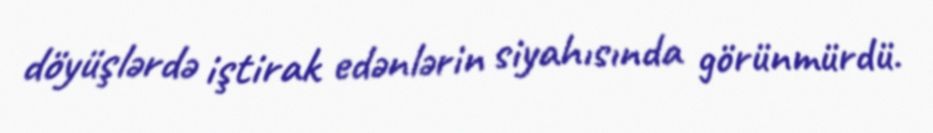
döyüşlərdə iştirak edənlərin siyahısında görünmürdü.